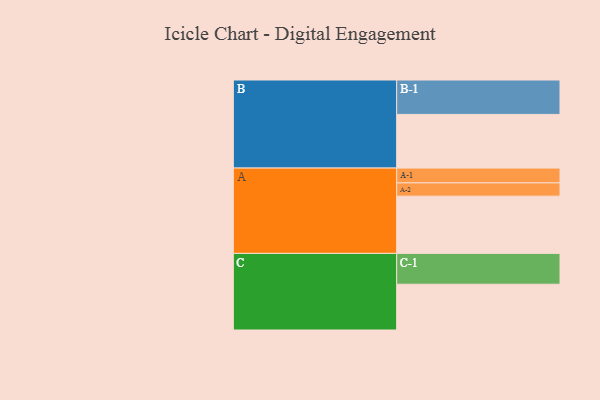
{"axis": {"x": "Segment", "y": "Value"}, "legend": ["", "A", "B", "C"], "data": [{"x": "A", "y": 479, "type": ""}, {"x": "B", "y": 449, "type": ""}, {"x": "C", "y": 383, "type": ""}, {"x": "A-1", "y": 124, "type": "A"}, {"x": "A-2", "y": 111, "type": "A"}, {"x": "B-1", "y": 288, "type": "B"}, {"x": "C-1", "y": 258, "type": "C"}]}